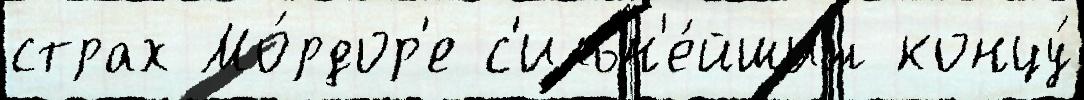
страх Мо́рдор'е с'ильн'е́йшим концу́